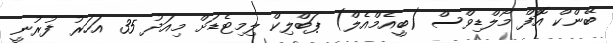
ބޭންކް އޮފް މޯލްޑިވްސް (ބީއެމްއެލް) ޕަބްލިކް ލިމިޓެޑަށް މިއަދު 35 އަހަރު ފުރުނީ